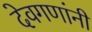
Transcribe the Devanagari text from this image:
देवगणांनी